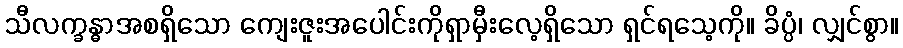
သီလက္ခန္ဓာအစရှိသော ကျေးဇူးအပေါင်းကိုရှာမှီးလေ့ရှိသော ရှင်ရသေ့ကို။ ခိပ္ပံ၊ လျှင်စွာ။